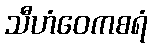
သီဟံဝေကစရံ